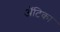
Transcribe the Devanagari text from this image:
अॅटिका